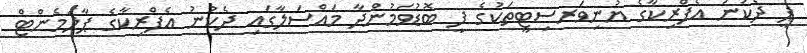
ޕީ ދެކުނު އެފްރިކާގެ ޔުނިވަރސިޓީތަކުގެ ފީ ބޮޑުވަމުންދާ މައްސަލާގައި ދެކުނު އެފްރިކާގެ ޕާލަމެންޓް